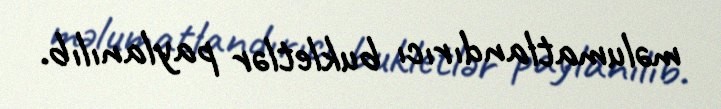
məlumatlandırıcı bukletlər paylanılıb.